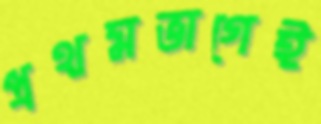
প্রথমভাগেই